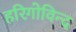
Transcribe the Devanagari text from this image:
हरिगोविन्द